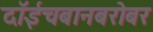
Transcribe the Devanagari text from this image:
दॉईचबानबरोबर